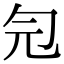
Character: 𠣑